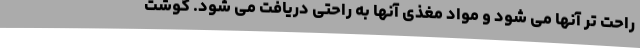
راحت تر آنها می شود و مواد مغذی آنها به راحتی دریافت می شود. گوشت